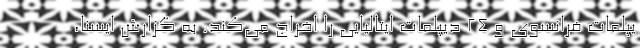
یپلمات فرانسوی و ۲۴ دیپلمات ایتالیایی را اخراج می‌کند. به گزارش ایسنا،